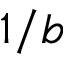
1 / b